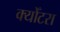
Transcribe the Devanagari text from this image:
क्योँटरा